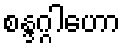
စန္ဒဂ္ဂါဟော